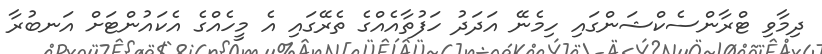
ދިމާވި ޓްރާންސެކްޝަންގައި ހިމެނޭ އަދަދު ހަފުތާއެއްގެ ތެރޭގައި އެ މީހެއްގެ އެކައުންޓަށް އަނބުރާ